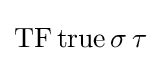
\mathrm {TF} \,\mathrm {true} \,\sigma \,\tau